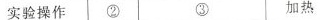
实验操作 ② ③ 加热